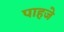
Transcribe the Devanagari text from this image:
पाहजे